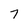
Character: 7